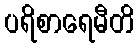
ပရိစာရေမီတိ